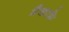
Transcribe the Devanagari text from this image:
मैकाफ्रे